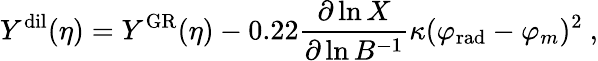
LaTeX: Y^{\mathrm{dil}}(\eta)=Y^{\mathrm{GR}}(\eta)-0.22{\frac{\partial\ln X}{\partial\ln B^{-1}}}\kappa(\varphi_{\mathrm{rad}}-\varphi_{m})^{2}\ ,